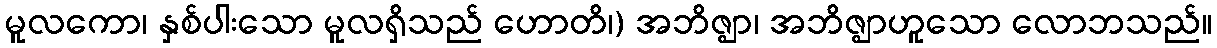
မူလကော၊ နှစ်ပါးသော မူလရှိသည် ဟောတိ၊) အဘိဇ္ဈာ၊ အဘိဇ္ဈာဟူသော လောဘသည်။